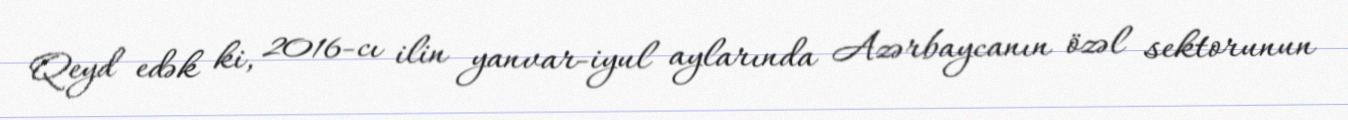
Qeyd edək ki, 2016-cı ilin yanvar-iyul aylarında Azərbaycanın özəl sektorunun